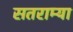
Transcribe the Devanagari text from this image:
सतराम्या